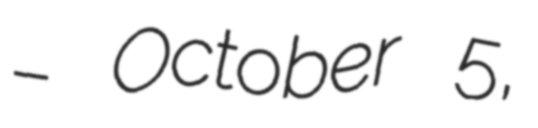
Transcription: – October 5,